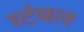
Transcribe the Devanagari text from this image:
स्टंबल